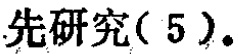
先研究( 5 ).